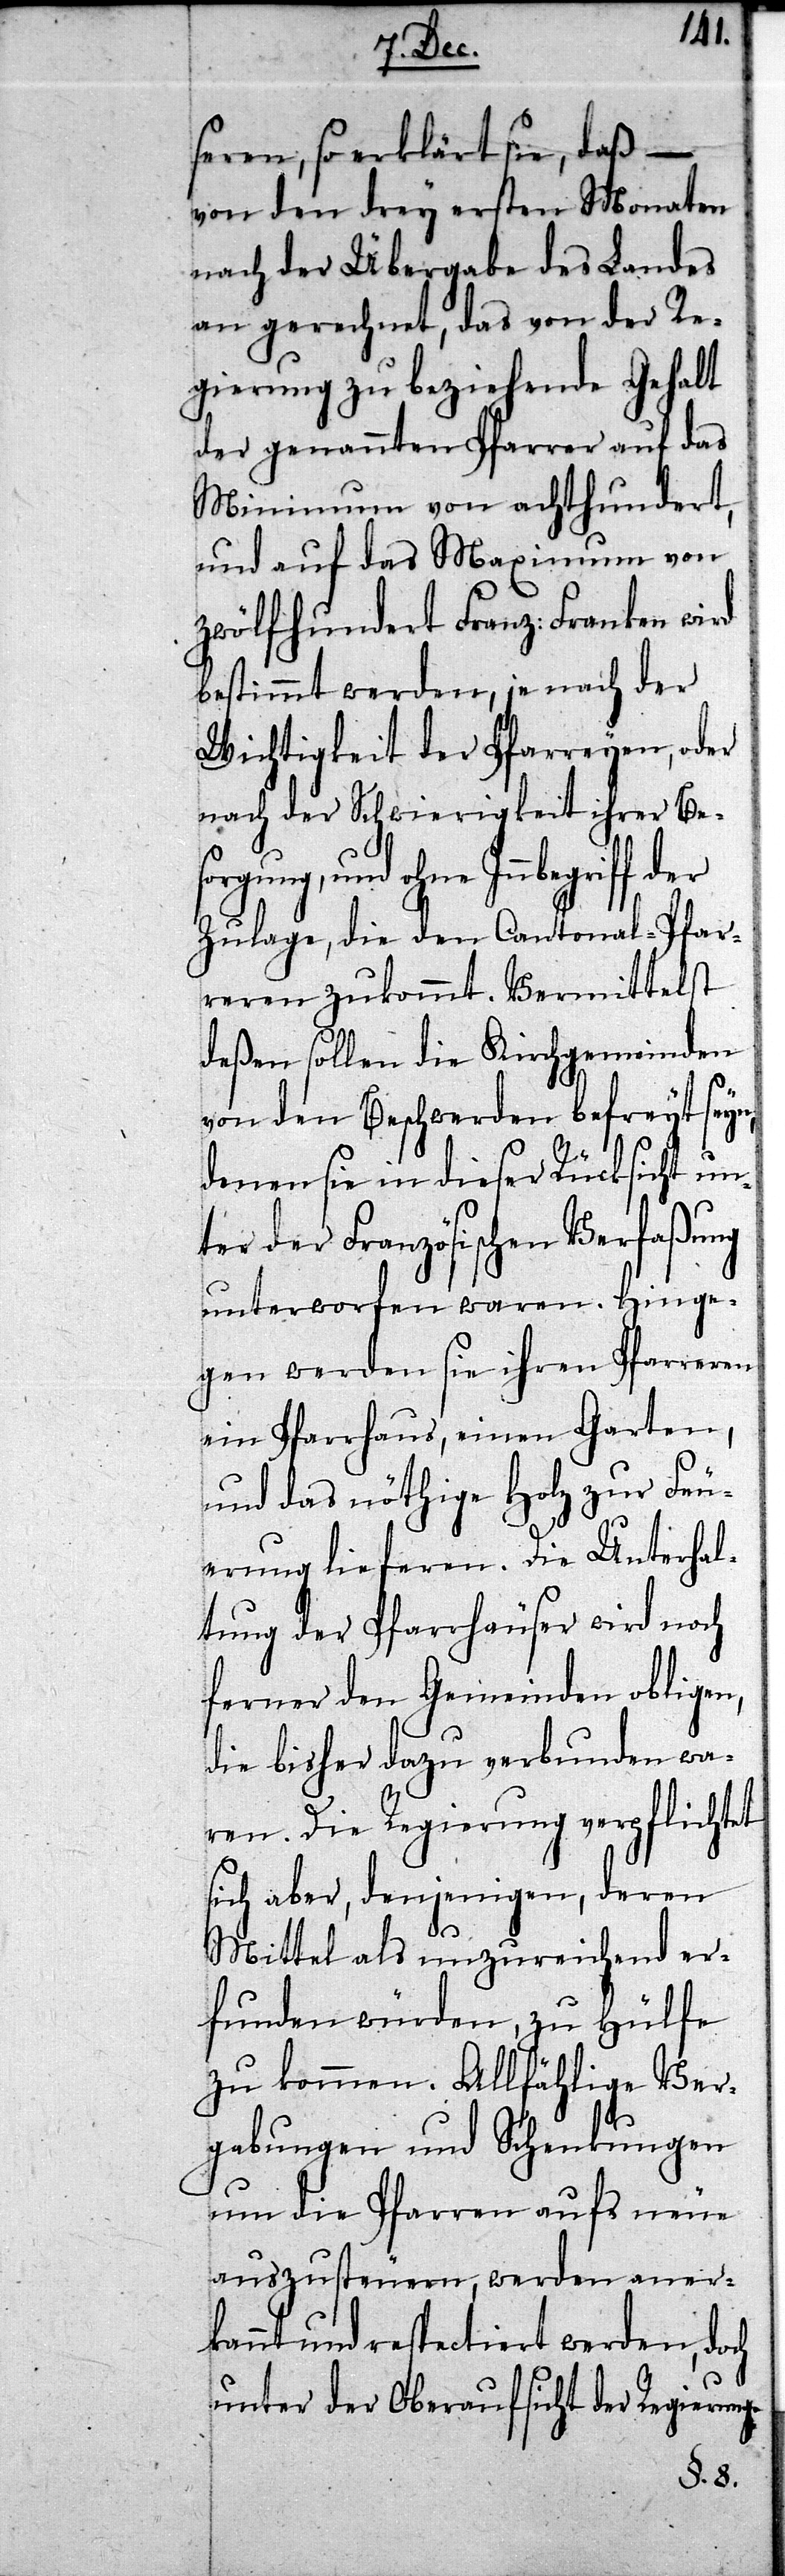
ge Ver¬
seren, so erklärt sie, daß –
von den drey ersten Monaten
nach der Übergabe des Landes
an gerechnet, das von der Re¬
gierung zu beziehende Gehalt
der genannten Pfarrer auf das
Minimum von achthundert,
und auf das Maximum von
zwölfhundert Franz: Franken wird
bestimmt werden, je nach der
Wichtigkeit der Pfarreyen, oder
nach der Schwierigkeit ihrer Be¬
Zulage, die den Cantonal-Pfar¬
reren zukommt. Vermittelst
deßen sollen die Kirchgemeinden
von den Beschwerden befreyt seyn,
denen sie in dieser Rücksicht u¬
nter der Französischen Verfaßung
unterworfen waren. Hinge¬
gen werden sie ihren Pfarreren
ein Pfarrhaus, einen Garten,
und das nöthige Holz zur Feu¬
erung lieferen. Die Unterha¬
ltung der Pfarrhäuser wird noch
ferner den Gemeinden ob¬
die bisher dazu verbunden wa¬
ren. Die Regierung ver¬
sich aber, denjenigen, de¬
Mittel als unzureichend er¬
funden würden, zu Hülfe
zu kommen. Allfähli¬
gabungen und Schenkungen
um die Pfarren aufs neue
auszusteuern, werden aner¬
kannt und respectiert werden,
Regierung.
der
unter der Obera¬